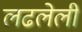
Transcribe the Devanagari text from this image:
लढलेली